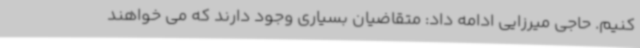
کنیم. حاجی میرزایی ادامه داد: متقاضیان بسیاری وجود دارند که می خواهند